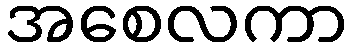
အစေလကာ